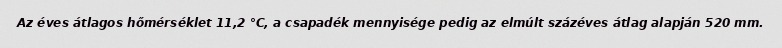
Az éves átlagos hőmérséklet 11,2 °C, a csapadék mennyisége pedig az elmúlt százéves átlag alapján 520 mm.